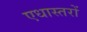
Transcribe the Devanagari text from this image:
एधास्तरों